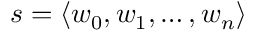
s = \langle w _ { 0 } , w _ { 1 } , \dots , w _ { n } \rangle